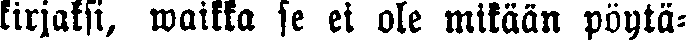
kirjaksi, waikka se ei ole mitään pöytä-